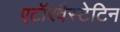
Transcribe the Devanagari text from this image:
एटॉरवैस्टेटिन